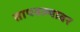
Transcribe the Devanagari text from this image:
तापवल्यावर